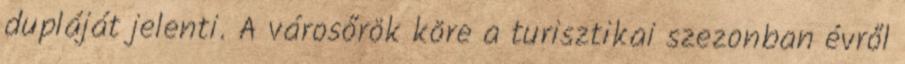
dupláját jelenti. A városőrök köre a turisztikai szezonban évről